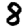
Digit: 8